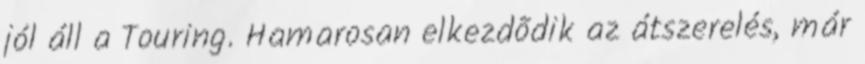
jól áll a Touring. Hamarosan elkezdõdik az átszerelés, már